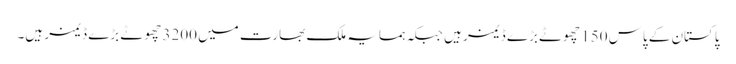
پاکستان کے پاس 150 چھوٹے بڑے ڈیمز ہیں جبکہ ہمسایہ ملک بھارت میں 3200 چھوٹے بڑے ڈیمز ہیں۔